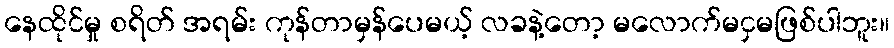
နေထိုင်မှု စရိတ် အရမ်း ကုန်တာမှန်ပေမယ့် လခနဲ့တော့ မလောက်မငှမဖြစ်ပါဘူး။